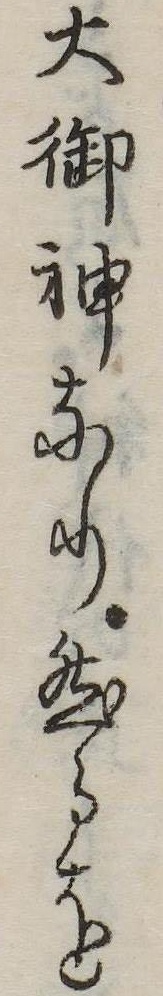
大御神なり然るを